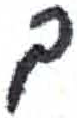
אות: ך